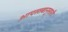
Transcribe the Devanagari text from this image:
आपस्तबानुसारी